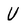
Character: U